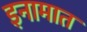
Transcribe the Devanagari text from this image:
इनामात